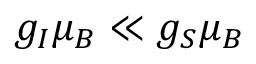
g _ { I } \mu _ { B } \ll g _ { S } \mu _ { B }